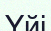
Үйі